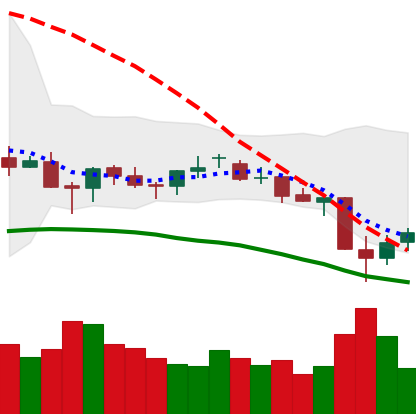
Ticker: LTC-USD
Chart end date: 2021-06-24
Forward return: 6.854%
Label: up_5_7